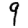
Digit: 9